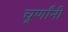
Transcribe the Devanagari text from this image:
चूर्णांनी